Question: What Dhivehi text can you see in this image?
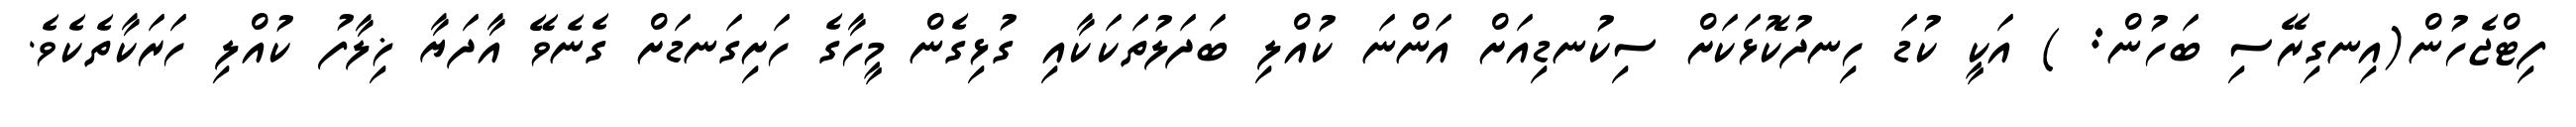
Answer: ފިޓްޖެހުން(އިނގިރޭސި ބަހުން: ) އަކީ ކުޑަ ހިނދުކޮޅަކަށް ސިކުނޑިއަށް އަންނަ ކުއްލި ބަދަލުތަކަކާއި ގުޅިގެން މީހާގެ ހަށިގަނޑަށް ގެނެވޭ އާދަޔާ ޚިލާފު ކުއްލި ހަރަކާތެކެވެ.